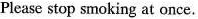
Please stop smoking at once.